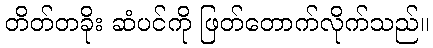
တိတ်တခိုး ဆံပင်ကို ဖြတ်တောက်လိုက်သည်။